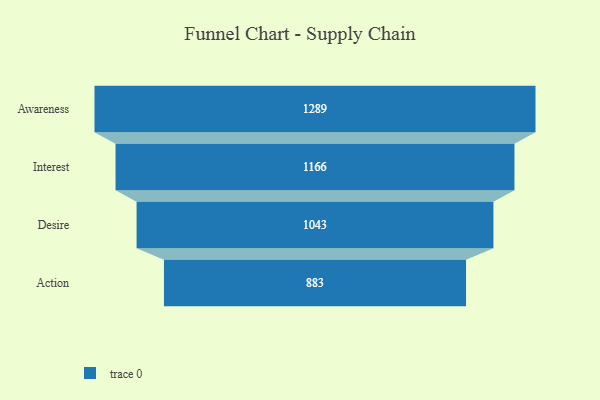
{"axis": {"x": "Stage", "y": "Value"}, "legend": [""], "data": [{"x": "Awareness", "y": 1289.0, "type": ""}, {"x": "Interest", "y": 1166.0, "type": ""}, {"x": "Desire", "y": 1043.0, "type": ""}, {"x": "Action", "y": 883.0, "type": ""}]}